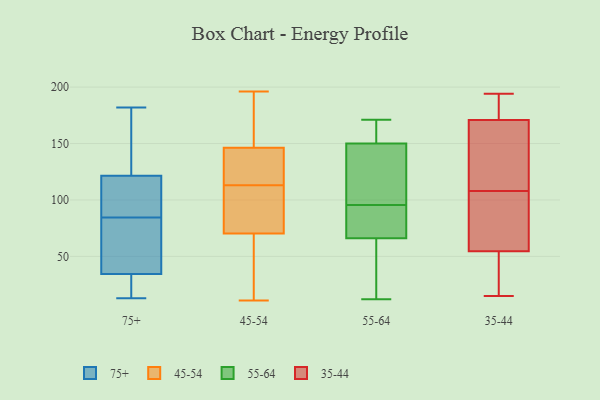
{"axis": {"x": "Active Users", "y": "Value"}, "legend": ["35-44", "45-54", "55-64", "75+"], "data": [{"x": "", "y": 13, "type": "75+"}, {"x": "", "y": 182, "type": "75+"}, {"x": "", "y": 142, "type": "75+"}, {"x": "", "y": 107, "type": "75+"}, {"x": "", "y": 124, "type": "75+"}, {"x": "", "y": 97, "type": "75+"}, {"x": "", "y": 119, "type": "75+"}, {"x": "", "y": 72, "type": "75+"}, {"x": "", "y": 36, "type": "75+"}, {"x": "", "y": 50, "type": "75+"}, {"x": "", "y": 25, "type": "75+"}, {"x": "", "y": 33, "type": "75+"}, {"x": "", "y": 62, "type": "45-54"}, {"x": "", "y": 161, "type": "45-54"}, {"x": "", "y": 113, "type": "45-54"}, {"x": "", "y": 129, "type": "45-54"}, {"x": "", "y": 111, "type": "45-54"}, {"x": "", "y": 88, "type": "45-54"}, {"x": "", "y": 11, "type": "45-54"}, {"x": "", "y": 121, "type": "45-54"}, {"x": "", "y": 190, "type": "45-54"}, {"x": "", "y": 119, "type": "45-54"}, {"x": "", "y": 186, "type": "45-54"}, {"x": "", "y": 196, "type": "45-54"}, {"x": "", "y": 122, "type": "45-54"}, {"x": "", "y": 23, "type": "45-54"}, {"x": "", "y": 152, "type": "45-54"}, {"x": "", "y": 24, "type": "45-54"}, {"x": "", "y": 82, "type": "45-54"}, {"x": "", "y": 74, "type": "45-54"}, {"x": "", "y": 69, "type": "45-54"}, {"x": "", "y": 19, "type": "55-64"}, {"x": "", "y": 171, "type": "55-64"}, {"x": "", "y": 79, "type": "55-64"}, {"x": "", "y": 113, "type": "55-64"}, {"x": "", "y": 65, "type": "55-64"}, {"x": "", "y": 71, "type": "55-64"}, {"x": "", "y": 163, "type": "55-64"}, {"x": "", "y": 158, "type": "55-64"}, {"x": "", "y": 150, "type": "55-64"}, {"x": "", "y": 83, "type": "55-64"}, {"x": "", "y": 108, "type": "55-64"}, {"x": "", "y": 12, "type": "55-64"}, {"x": "", "y": 66, "type": "55-64"}, {"x": "", "y": 131, "type": "55-64"}, {"x": "", "y": 15, "type": "35-44"}, {"x": "", "y": 38, "type": "35-44"}, {"x": "", "y": 96, "type": "35-44"}, {"x": "", "y": 111, "type": "35-44"}, {"x": "", "y": 91, "type": "35-44"}, {"x": "", "y": 113, "type": "35-44"}, {"x": "", "y": 56, "type": "35-44"}, {"x": "", "y": 161, "type": "35-44"}, {"x": "", "y": 179, "type": "35-44"}, {"x": "", "y": 108, "type": "35-44"}, {"x": "", "y": 193, "type": "35-44"}, {"x": "", "y": 107, "type": "35-44"}, {"x": "", "y": 194, "type": "35-44"}, {"x": "", "y": 46, "type": "35-44"}, {"x": "", "y": 190, "type": "35-44"}, {"x": "", "y": 168, "type": "35-44"}, {"x": "", "y": 50, "type": "35-44"}]}